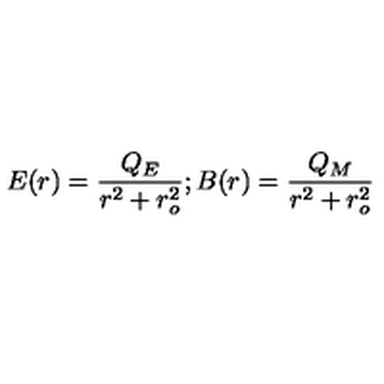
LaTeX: E ( r ) = \frac { Q _ { E } } { r ^ { 2 } + r _ { o } ^ { 2 } } ; B ( r ) = \frac { Q _ { M } } { r ^ { 2 } + r _ { o } ^ { 2 } }